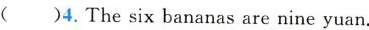
( )4.The six bananas are nine yuan.